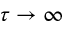
\tau \to \infty